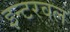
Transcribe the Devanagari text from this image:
इन्टरवल